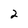
Character: 2